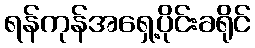
ရန်ကုန်အရှေ့ပိုင်းခရိုင်